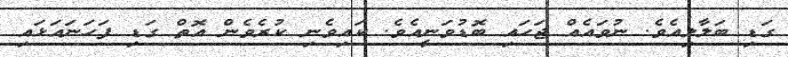
ގަޑި ބަލާލިއެވެ. ނުވައެއް ޖަހައި ބޮޑުވަނީއެވެ. ކައިވެނި ކުރެވެން އޮތް ގަޑި ފަހަނައަޅައި